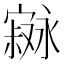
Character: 𫴇